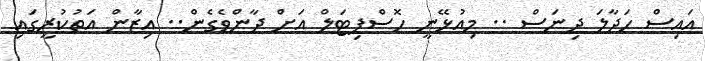
އައިސް ހަދާލަ ދިނަސް .. މިއުޅޭނީ ހޮސްޕިޓަލް އަށް ދާންވެގެން.. އިޒާން އަތުކުރީގައި